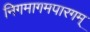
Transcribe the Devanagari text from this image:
निगमागमपारगम्